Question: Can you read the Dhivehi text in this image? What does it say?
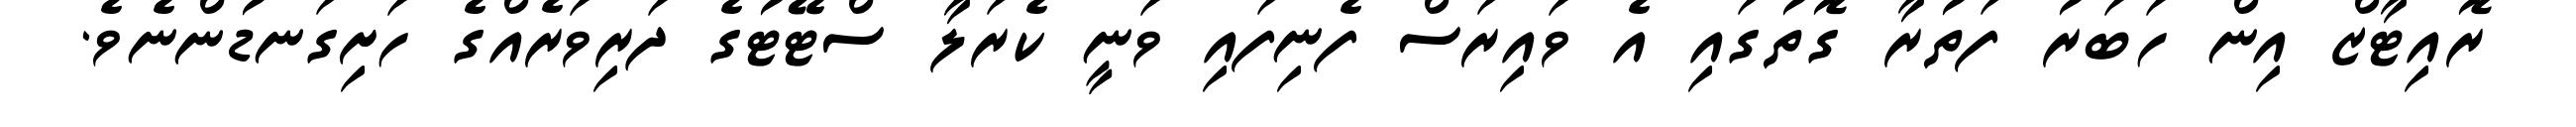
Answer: ރޮއިޓާޒް އިން ހަބަރު ފަތުރާ ގޮތުގައި އެ ވައިރަސް ފެނިފައި ވަނީ ކެރަލާ ސްޓޭޓުގެ ދަރިވަރެއްގެ ހަށިގަނޑުންނެވެ.